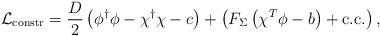
LaTeX: \begin{align*}{\cal L}_{\rm constr} = {D \over 2}\left(\phi^\dagger \phi -\chi^\dagger \chi-c \right) +\left(F_\Sigma \left(\chi^T\phi - b\right) +{\rm c.c.}\right), \end{align*}